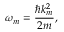
\omega _ { m } = \frac { \hbar k _ { m } ^ { 2 } } { 2 m } ,